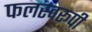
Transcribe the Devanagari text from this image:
फलस्वरूपी